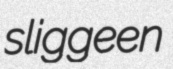
sliggeen